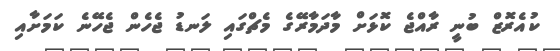
ކުއެރޮޒް ބުނީ ރާއްޖެ ކޮޅަށް މާދަމާރޭގެ މެޗްގައި ލަނޑު ޖެހެން ޖެހޭނެ ކަމަށާއި